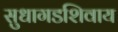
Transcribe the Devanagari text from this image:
सुधागडशिवाय